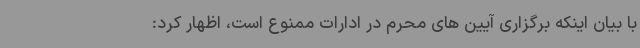
با بیان اینکه برگزاری آیین های محرم در ادارات ممنوع است، اظهار کرد: